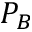
P _ { B }